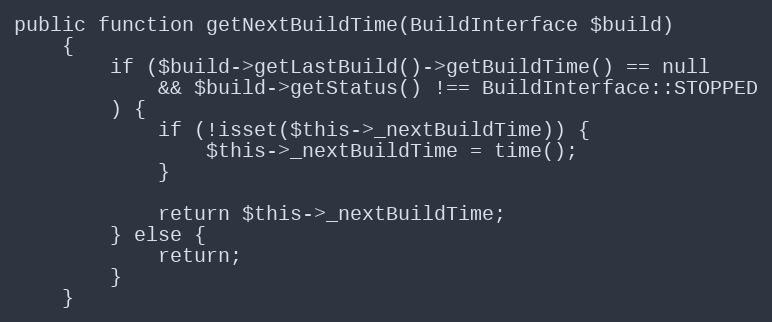
Language: PHP
public function getNextBuildTime(BuildInterface $build)
    {
        if ($build->getLastBuild()->getBuildTime() == null
            && $build->getStatus() !== BuildInterface::STOPPED
        ) {
            if (!isset($this->_nextBuildTime)) {
                $this->_nextBuildTime = time();
            }

            return $this->_nextBuildTime;
        } else {
            return;
        }
    }